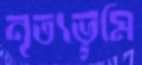
নৃত্যভূমি